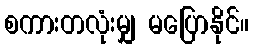
စကားတလုံးမျှ မပြောနိုင်။